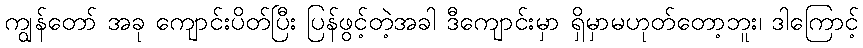
ကျွန်တော် အခု ကျောင်းပိတ်ပြီး ပြန်ဖွင့်တဲ့အခါ ဒီကျောင်းမှာ ရှိမှာမဟုတ်တော့ဘူး၊ ဒါကြောင့်